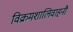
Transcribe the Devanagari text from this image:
विक्रमशालिवाहनौ